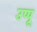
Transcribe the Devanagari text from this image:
उप्पू